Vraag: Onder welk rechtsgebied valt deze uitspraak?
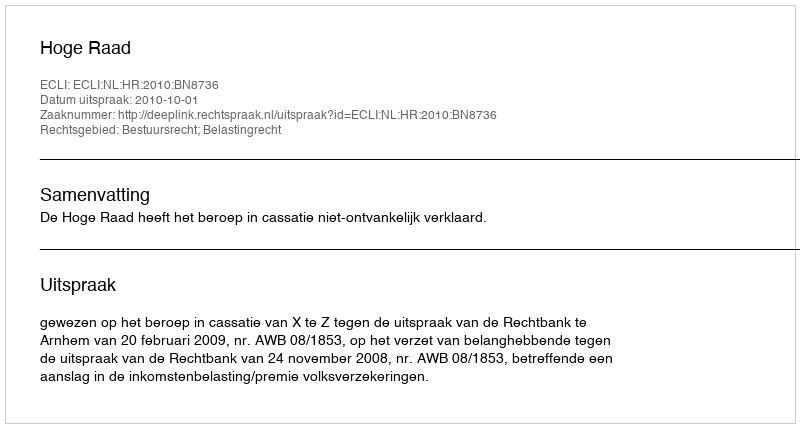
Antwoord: Bestuursrecht; Belastingrecht